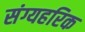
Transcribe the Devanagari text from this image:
संग्यहरिक